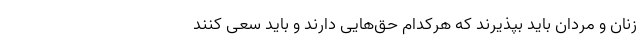
زنان و مردان باید بپذیرند که هرکدام حق‌هایی دارند و باید سعی کنند